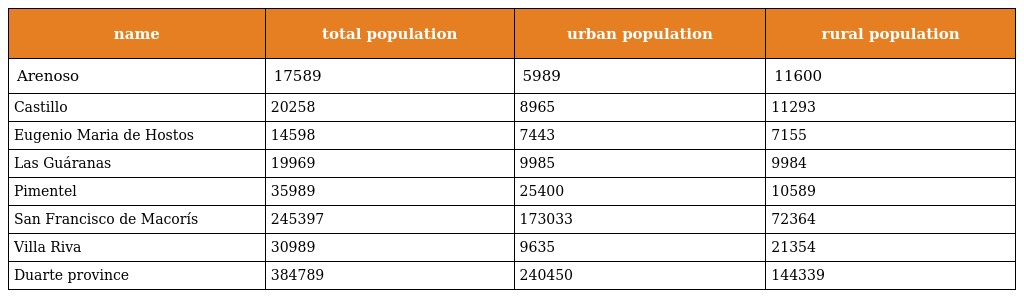
| name | total population | urban population | rural population |
 | --- | --- | --- | --- |
 | Arenoso | 17589 | 5989 | 11600 |
 | Castillo | 20258 | 8965 | 11293 |
 | Eugenio Maria de Hostos | 14598 | 7443 | 7155 |
 | Las Guáranas | 19969 | 9985 | 9984 |
 | Pimentel | 35989 | 25400 | 10589 |
 | San Francisco de Macorís | 245397 | 173033 | 72364 |
 | Villa Riva | 30989 | 9635 | 21354 |
 | Duarte province | 384789 | 240450 | 144339 |